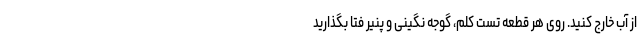
از آب خارج کنید. روی هر قطعه تست کلم، گوجه نگینی و پنیر فتا بگذارید